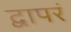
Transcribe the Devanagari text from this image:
द्वापरं